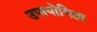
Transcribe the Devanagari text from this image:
उपायोगिता